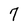
Character: 7